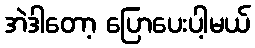
အဲဒါတော့ ပြောပေးပါ့မယ်